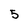
Character: 5